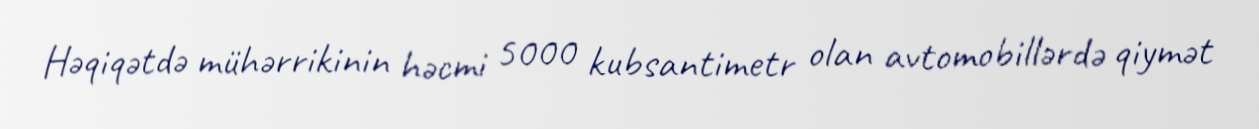
Həqiqətdə mühərrikinin həcmi 5000 kubsantimetr olan avtomobillərdə qiymət